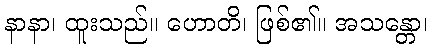
နာနာ၊ ထူးသည်။ ဟောတိ၊ ဖြစ်၏။ အသန္တော၊